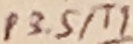
Text: P3.5/T1